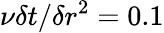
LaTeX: \nu\delta t/\delta r^{2}=0.1